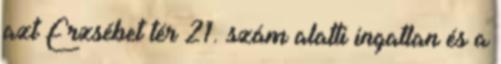
azt Erzsébet tér 21. szám alatti ingatlan és a